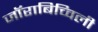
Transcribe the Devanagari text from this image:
जॉराबिच्विली